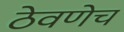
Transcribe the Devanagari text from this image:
ठेवणेच